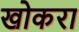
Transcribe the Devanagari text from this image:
खोकरा